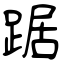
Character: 踞